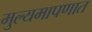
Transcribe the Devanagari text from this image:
मुल्यमापणात